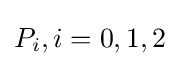
P_{i},i=0,1,2